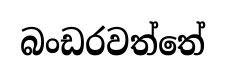
බංඩරවත්තේ